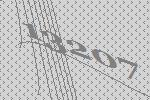
13207